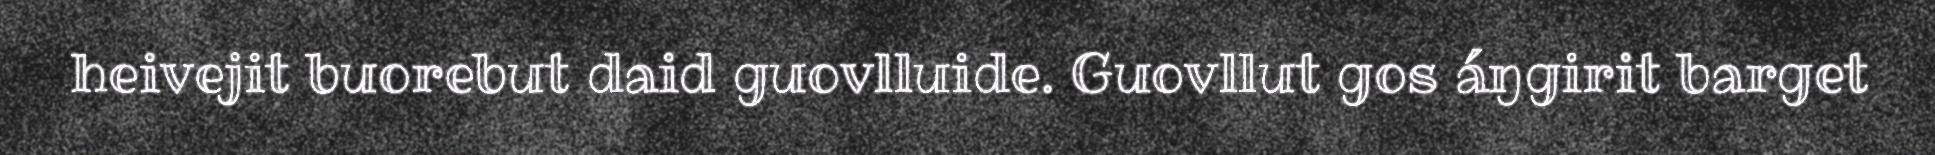
heivejit buorebut daid guovlluide. Guovllut gos áŋgirit barget